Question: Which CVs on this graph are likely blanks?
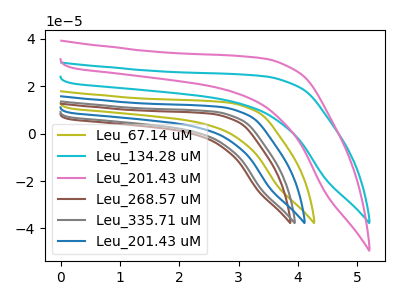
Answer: <think>The olive curve "Leu_67.14 uM" has no peaks. The cyan curve "Leu_134.28 uM" has no peaks. The pink curve "Leu_201.43 uM" has no peaks. The brown curve "Leu_268.57 uM" has no peaks. The gray curve "Leu_335.71 uM" has no peaks. The blue curve "Leu_201.43 uM" has no peaks.</think>
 <answer>"Leu_67.14 uM", "Leu_134.28 uM", "Leu_201.43 uM", "Leu_268.57 uM", "Leu_335.71 uM" and "Leu_201.43 uM" are likely to be blanks.</answer>
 <eval>"Leu_67.14 uM", "Leu_134.28 uM", "Leu_201.43 uM", "Leu_268.57 uM", "Leu_335.71 uM", "Leu_201.43 uM"</eval>